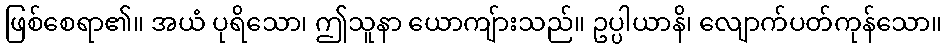
ဖြစ်စေရာ၏။ အယံ ပုရိသော၊ ဤသူနာ ယောကျ်ားသည်။ ဥပ္ပါယာနိ၊ လျောက်ပတ်ကုန်သော။